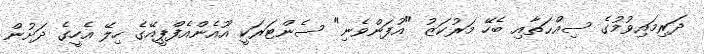
ދަރިމައިވުމުގެ ސިއްޙަތާއި ބެހޭ މަރުކަޒު "އުފަންވެނި" ސެންޓަރަކީ އޫއެންއެފްޕީއޭގެ ހިލޭ އެހީގެ ދަށުން